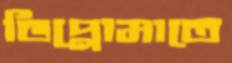
ডিপ্লোমাতে